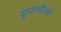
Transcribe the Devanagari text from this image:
यूनानीअर्थ